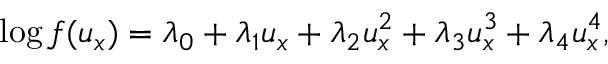
\log f ( u _ { x } ) = \lambda _ { 0 } + \lambda _ { 1 } u _ { x } + \lambda _ { 2 } u _ { x } ^ { 2 } + \lambda _ { 3 } u _ { x } ^ { 3 } + \lambda _ { 4 } u _ { x } ^ { 4 } ,